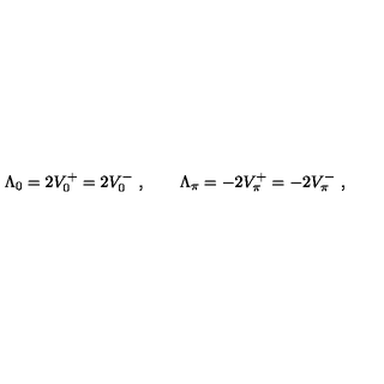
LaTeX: \Lambda _ { 0 } = 2 V _ { 0 } ^ { + } = 2 V _ { 0 } ^ { - } \ , \qquad \Lambda _ { \pi } = - 2 V _ { \pi } ^ { + } = - 2 V _ { \pi } ^ { - } \ ,